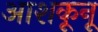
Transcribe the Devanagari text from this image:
आशकूनू